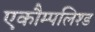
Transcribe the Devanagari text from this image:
एकौम्पलिश्ड